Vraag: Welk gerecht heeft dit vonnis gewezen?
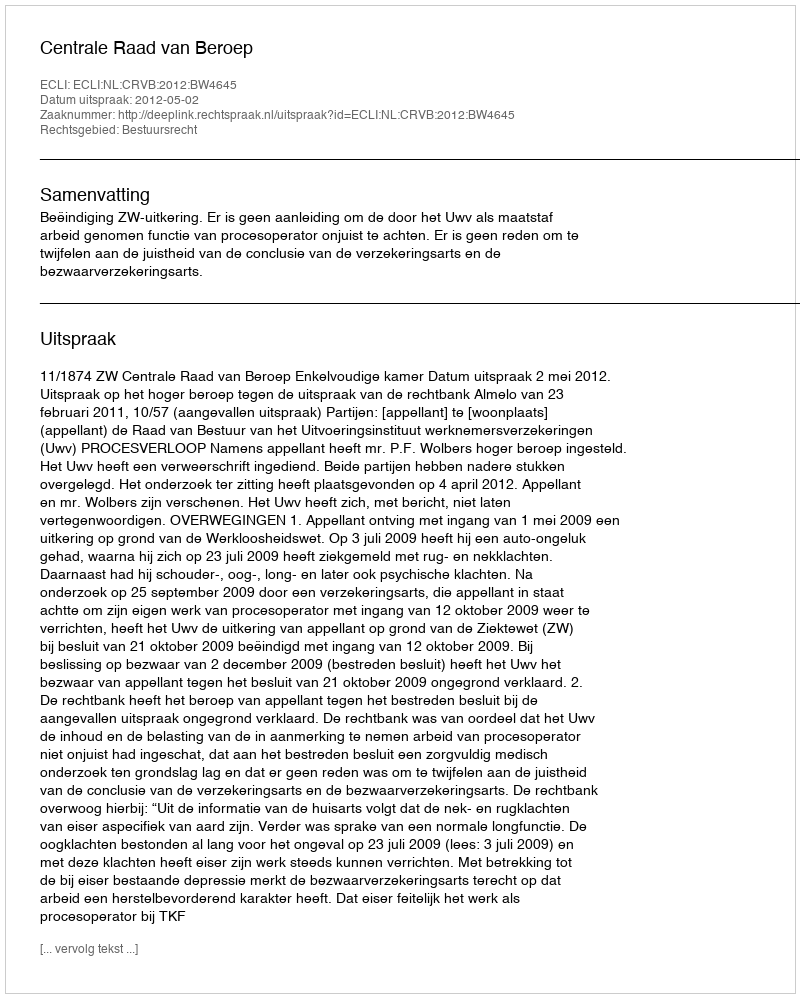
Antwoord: Centrale Raad van Beroep